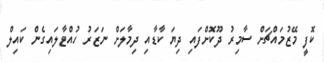
ކޮފީ މޭޒުމައްޗަށް ސާމިރު ދޫކޮށްފައި ދިޔަ ކާޑާއި ދިމާލަށް ނަޒަރު ހުއްޓާލައިގެން ކައިލް